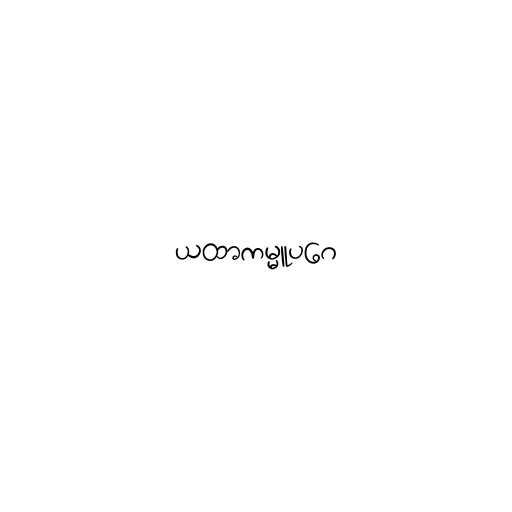
ယထာကမ္မူပဂေ